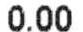
0.00